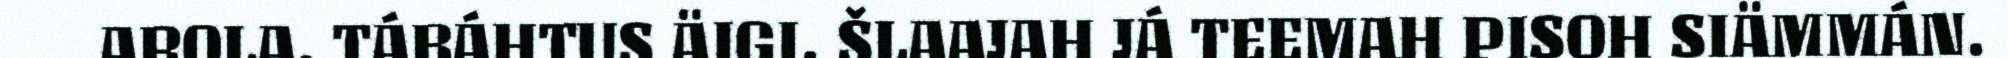
AROLA. TÁBÁHTUS ÄIGI, ŠLAAJAH JÁ TEEMAH PISOH SIÄMMÁN.